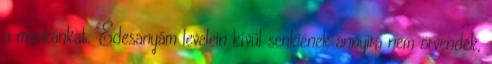
a munkánkat. Édesanyám levelein kívül senkiének annyira nem örvendek,